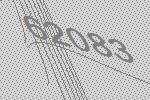
62083